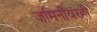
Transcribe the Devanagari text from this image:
जमिनींवरही